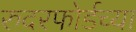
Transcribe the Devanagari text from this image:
रुदरफोर्डच्या